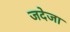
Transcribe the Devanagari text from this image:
जदेजा